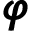
{ \pmb \varphi }